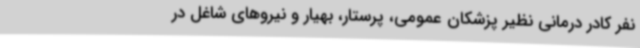
نفر کادر درمانی نظیر پزشکان عمومی، پرستار، بهیار و نیروهای شاغل در